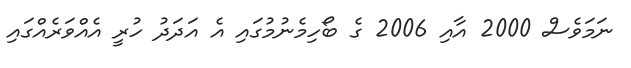
ނަމަވެސް 2000 އާއި 2006 ގެ ބޯހިމެނުމުގައި އެ އަދަދު ހުރީ އެއްވަރެއްގައި